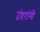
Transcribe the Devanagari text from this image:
उंदरांनी